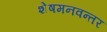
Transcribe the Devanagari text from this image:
शेषमनवन्तर